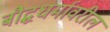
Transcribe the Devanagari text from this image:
बौद्धधर्मावरील